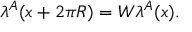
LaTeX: \lambda ^ { A } ( x + 2 \pi R ) = W \lambda ^ { A } ( x ) .